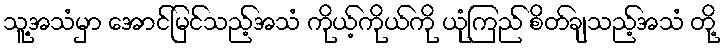
သူ့အသံမှာ အောင်မြင်သည့်အသံ ကိုယ့်ကိုယ်ကို ယုံကြည် စိတ်ချသည့်အသံ တို့